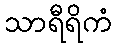
သာရီရိကံ